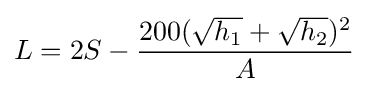
L=2S-{\frac {200({\sqrt {h_{1}}}+{\sqrt {h_{2}}})^{2}}{A}}